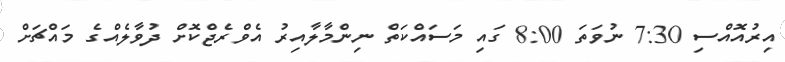
އިރުއޮއްސި 7:30 ނުވަތަ 8:00 ގައި މަސައްކަތް ނިންމާލާއިރު އެވްރެޖްކޮށް ދުވާލެއްގެ މައްޗަށް